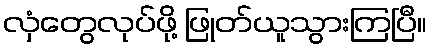
လှံတွေလုပ်ဖို့ ဖြုတ်ယူသွားကြပြီ။